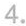
4.